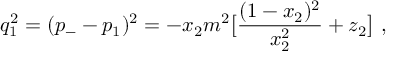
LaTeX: q _ { 1 } ^ { 2 } = ( p _ { - } - p _ { 1 } ) ^ { 2 } = - x _ { 2 } m ^ { 2 } \bigl [ \frac { ( 1 - x _ { 2 } ) ^ { 2 } } { x _ { 2 } ^ { 2 } } + z _ { 2 } \bigr ] \ ,